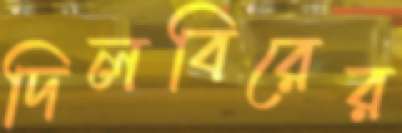
দিলবিরের